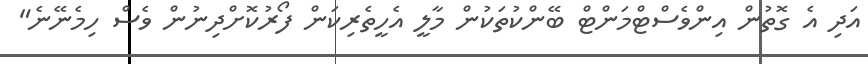
އަދި އެ ގޮތުން އިންވެސްޓްމަންޓް ބޭންކުތަކުން މާލީ އެހީތެރިކަން ފޯރުކޮށްދިނުން ވެސް ހިމެނޭނެ"